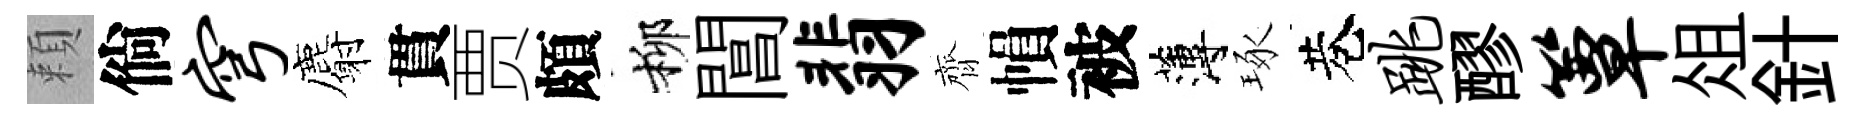
頼倘穹麝貫贾頗柳閶翡齊𢄙被薄琢巷跳醪簟俎針